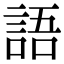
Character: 語